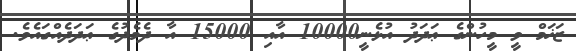
ޒަޚަމް ވީ މީހުންގެ ޢަދަދު އުޅެނީ10000 އާއި 15000 އާ ދެމެދުގެ ޢަދަދެއްގައެވެ.